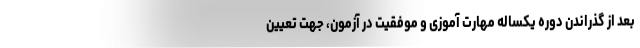
بعد از گذراندن دوره یکساله مهارت آموزی و موفقیت در آزمون، جهت تعیین